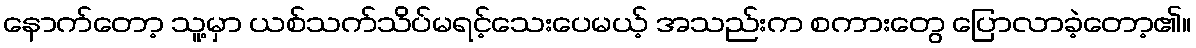
နောက်တော့ သူ့မှာ ယစ်သက်သိပ်မရင့်သေးပေမယ့် အသည်းက စကားတွေ ပြောလာခဲ့တော့၏။